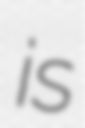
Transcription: is